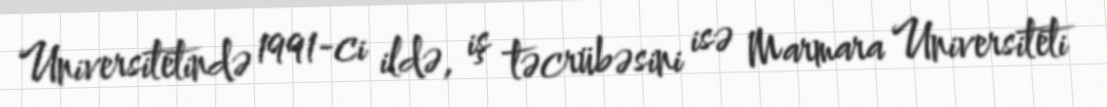
Universitetində 1991-ci ildə, iş təcrübəsini isə Marmara Universiteti